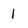
Character: 1